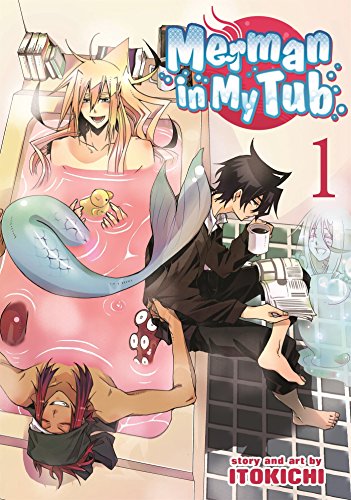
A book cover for Merman in My Tub Vol. 1; Itokichi; Teen & Young Adult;